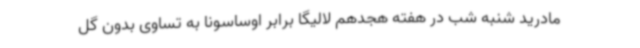
مادرید شنبه شب در هفته هجدهم لالیگا برابر اوساسونا به تساوی بدون گل